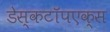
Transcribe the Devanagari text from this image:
डेस्कटॉपएक्स